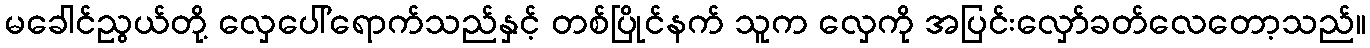
မခေါင်ညွယ်တို့ လှေပေါ်ရောက်သည်နှင့် တစ်ပြိုင်နက် သူက လှေကို အပြင်းလှော်ခတ်လေတော့သည်။